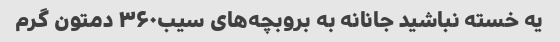
یه خسته نباشید جانانه به بروبچه‌های سیب۳۶۰ دمتون گرم